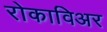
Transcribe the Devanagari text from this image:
रोकाविअर